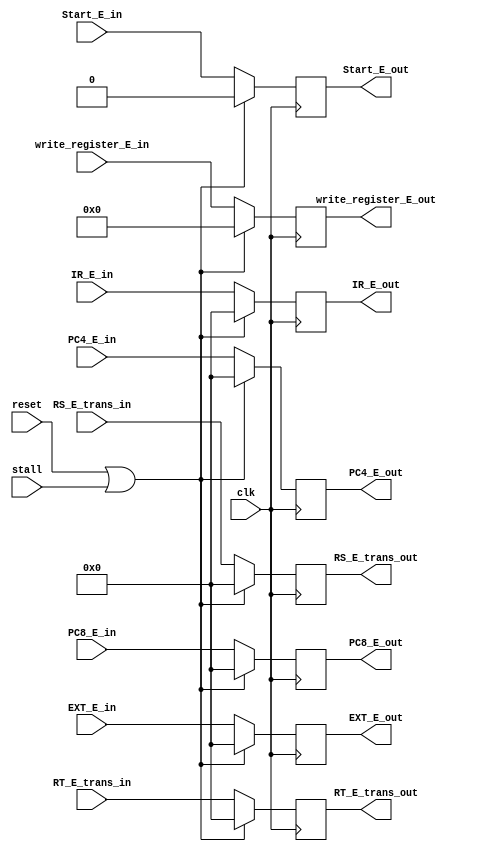
`timescale 1ns / 1ps
//////////////////////////////////////////////////////////////////////////////////
// Company: 
// Engineer: 
// 
// Design Name: 
// Module Name:    ID_EX_register 
// Project Name: 
// Target Devices: 
// Tool versions: 
// Description: 
//
// Dependencies: 
//
// Revision: 
// Revision 0.01 - File Created
// Additional Comments: 
//
//////////////////////////////////////////////////////////////////////////////////
module ID_EX_register(
    input clk,
	 input reset,
	 input stall,
    input[31:0] IR_E_in,
    input[31:0] PC4_E_in,
    input[31:0] PC8_E_in,
    input[31:0] RS_E_trans_in,
    input[31:0] RT_E_trans_in,
    input[31:0] EXT_E_in,
	 input[4:0] write_register_E_in,
	 input Start_E_in,
    output reg[31:0] IR_E_out,
    output reg[31:0] PC4_E_out,
    output reg[31:0] PC8_E_out,
    output reg[31:0] RS_E_trans_out,
    output reg[31:0] RT_E_trans_out,
    output reg[31:0] EXT_E_out,
	 output reg[4:0] write_register_E_out,
	 output reg Start_E_out
    );
	 
	 initial begin
	        IR_E_out= 0;
			  PC4_E_out=0;
			  PC8_E_out=0;
			  RS_E_trans_out=0;
			  RT_E_trans_out=0;
			  EXT_E_out=0;
			  write_register_E_out=0;
			  Start_E_out=0;
	 end
     always@(posedge clk)begin
		  if(reset||stall)begin
			  IR_E_out= 0;
			  PC4_E_out=0;
			  PC8_E_out=0;
			  RS_E_trans_out=0;
			  RT_E_trans_out=0;
			  EXT_E_out=0;
			  write_register_E_out=0;
			  Start_E_out=0;
		  end
		  else begin
			  IR_E_out=IR_E_in;
			  PC4_E_out=PC4_E_in;
			  PC8_E_out=PC8_E_in;
			  RS_E_trans_out=RS_E_trans_in;
			  RT_E_trans_out=RT_E_trans_in;
			  EXT_E_out=EXT_E_in;
			  write_register_E_out=write_register_E_in;
			  Start_E_out=Start_E_in;
	     end
	  end
endmodule